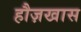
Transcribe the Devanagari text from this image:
हौज़खास